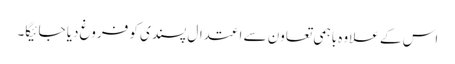
اس کے علاوہ باہمی تعاون سے اعتدال پسندی کو فروغ دیا جائیگا۔